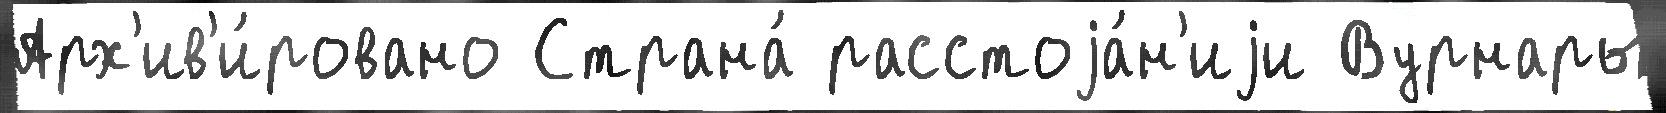
Арх'ив'и́ровано Страна́ расстоjа́н'иjи Вурнары